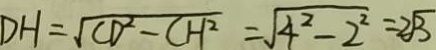
D H = \sqrt { C D ^ { 2 } - C H ^ { 2 } } = \sqrt { 4 ^ { 2 } - 2 ^ { 2 } } = 2 \sqrt { 3 }